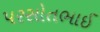
પરસોતભાઈ